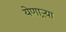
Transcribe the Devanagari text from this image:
येणाऱ्र्‍या